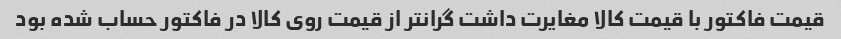
قیمت فاکتور با قیمت کالا مغایرت داشت گرانتر از قیمت روی کالا در فاکتور حساب شده بود